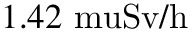
1 . 4 2 \mathrm { \ m u { S v / h } }